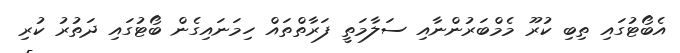
އެބޯޓުގައި ތިބި ކުރޫ މެމްބަރުންނާއި ސަލާމަތީ ފަރާތްތައް ހިމަނައިގެން ބޯޓުގައި ދަތުރު ކުރި